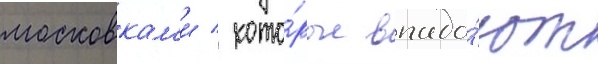
московкам'и / кото́рые впада́ют